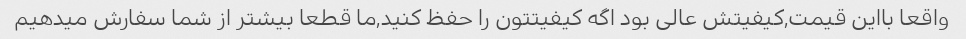
واقعا بااین قیمت,کیفیتش عالی بود اگه کیفیتتون را حفظ کنید,ما قطعا بیشتر از شما سفارش میدهیم